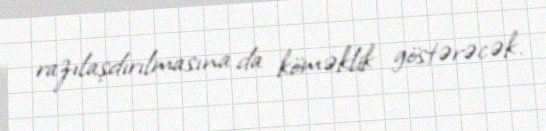
razılaşdırılmasına da köməklik göstərəcək.